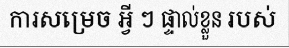
ការសម្រេច អ្វី ៗ ផ្ទាល់ខ្លួន របស់